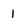
Character: 1